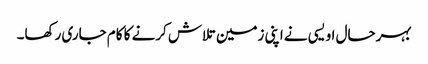
بہرحال اویسی نے اپنی زمین تلاش کرنے کا کام جاری رکھا۔